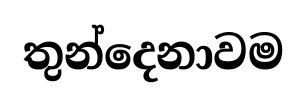
තුන්දෙනාවම